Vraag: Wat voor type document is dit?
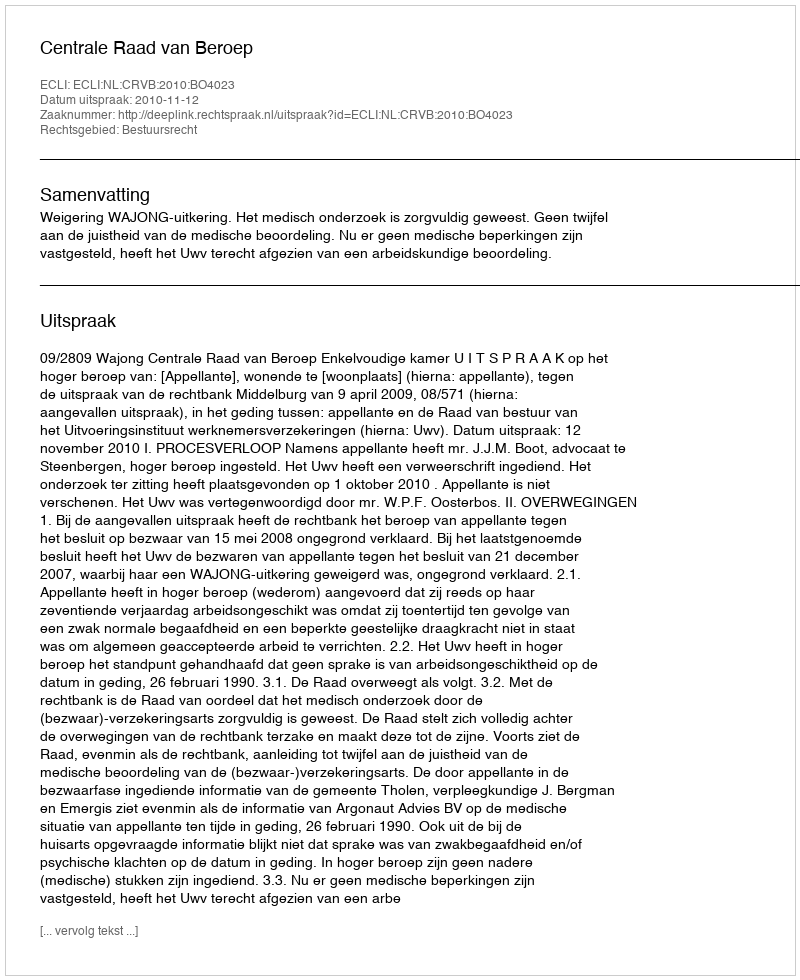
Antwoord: Uitspraak